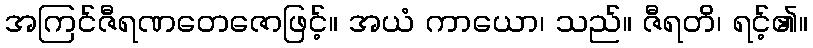
အကြင်ဇီရဏတေဇောဖြင့်။ အယံ ကာယော၊ သည်။ ဇီရတိ၊ ရင့်၏။